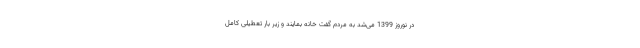
در نوروز 1399 می‌شد به مردم گفت خانه بمایند و زیر بار تعطیلی کامل